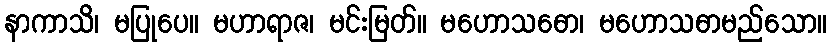
နာကာသိ၊ မပြုပေ။ မဟာရာဇ၊ မင်းမြတ်။ မဟောသဓော၊ မဟောသဓာမည်သော။